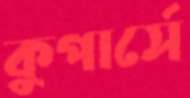
কুপার্সে